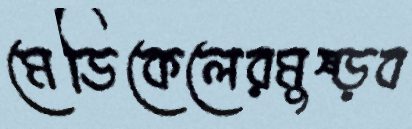
মেডিকেলেরমুষ্‌ড়ব